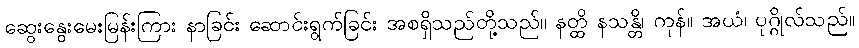
ဆွေးနွေးမေးမြန်းကြား နာခြင်း ဆောင်းရွက်ခြင်း အစရှိသည်တို့သည်။ နတ္ထိ နသန္တိ၊ ကုန်။ အယံ၊ ပုဂ္ဂိုလ်သည်။